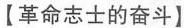
【革命志士的奋斗】